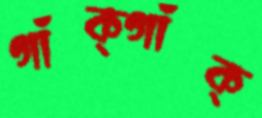
গাঁক্‌গাঁক্‌